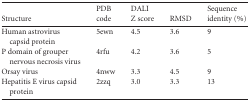
<table><thead><tr><td><b>Structure</b></td><td><b>PDB code</b></td><td><b>DALI Z score</b></td><td><b>RMSD</b></td><td><b>Sequence identity (%)</b></td></tr></thead><tbody><tr><td>Human astrovirus capsid protein</td><td>5ewn</td><td>4.5</td><td>3.6</td><td>9</td></tr><tr><td>P domain of grouper nervous necrosis virus</td><td>4rfu</td><td>4.2</td><td>3.6</td><td>5</td></tr><tr><td>Orsay virus</td><td>4nww</td><td>3.3</td><td>4.5</td><td>9</td></tr><tr><td>Hepatitis E virus capsid protein</td><td>2zzq</td><td>3.0</td><td>3.3</td><td>13</td></tr></tbody></table>